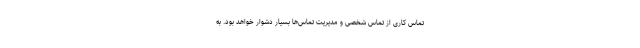
تماس کاری از تماس شخصی و مدیریت تماس‌ها بسیار دشوار خواهد بود. به